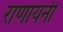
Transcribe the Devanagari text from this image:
राणायनी